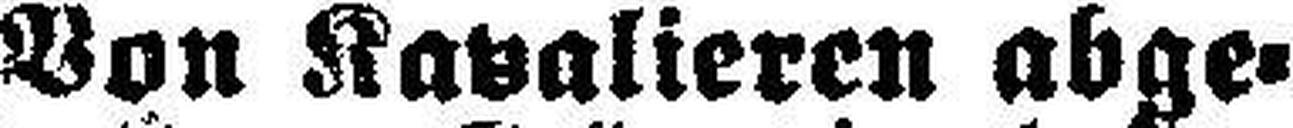
Von Kavalieren abge¬